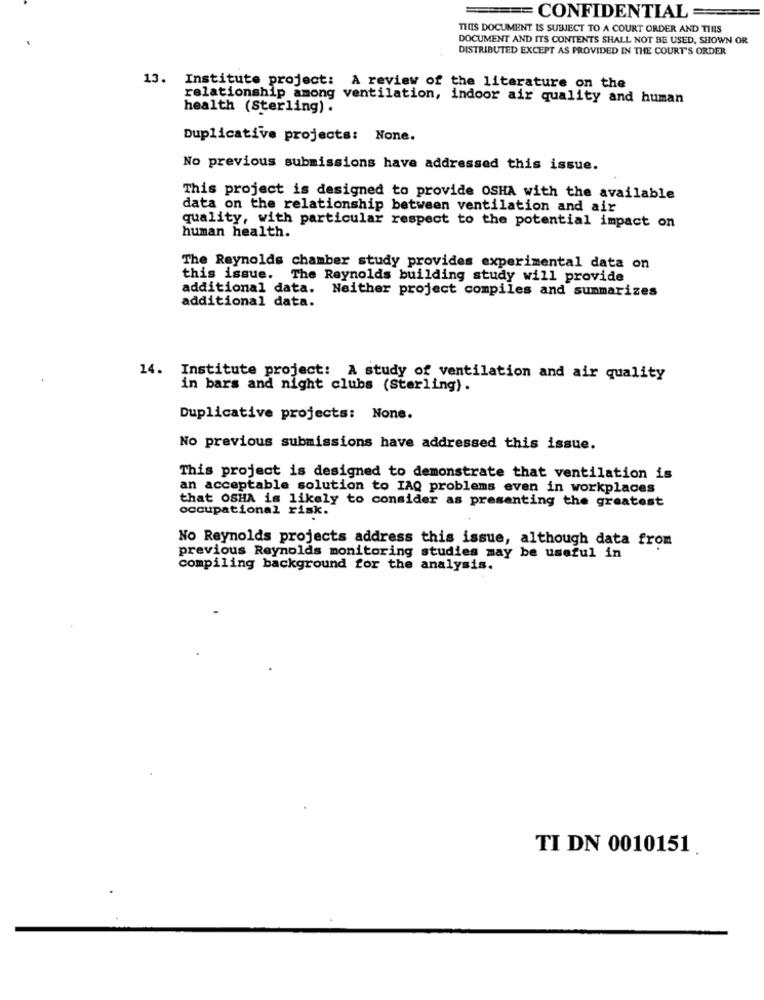
CONFIDENTIAL
THIS DOCUMENT IS SUBJECT TO A COURT ORDER AND THIS
DOCUMENT AND ITS CONTENTS SHALL NOT BE USED, SHOWN OR
DISTRIBUTED EXCEPT AS PROVIDED IN THE COURT'S ORDER
13. Institute project: A review of the literature on the
relationship among ventilation, indoor air quality and human
health (Sterling) .
Duplicative projects: None.
No previous submissions have addressed this issue.
This project is designed to provide OSHA with the available
data on the relationship between ventilation and air
quality, with particular respect to the potential impact on
human health.
The Reynolds chamber study provides experimental data on
this issue. The Reynolds building study will provide
additional data. Neither project compiles and summarizes
additional data.
14. Institute project: A study of ventilation and air quality
in bars and night clubs (Sterling).
Duplicative projects: None.
No previous submissions have addressed this issue.
This project is designed to demonstrate that ventilation is
an acceptable solution to IAQ problems even in workplaces
that OSHA is likely to consider as presenting the greatest
occupational risk.
No Reynolds projects address this issue, although data from
previous Reynolds monitoring studies may be useful in
compiling background for the analysis.
TI DN 0010151.